画像に写った文字を読んでください
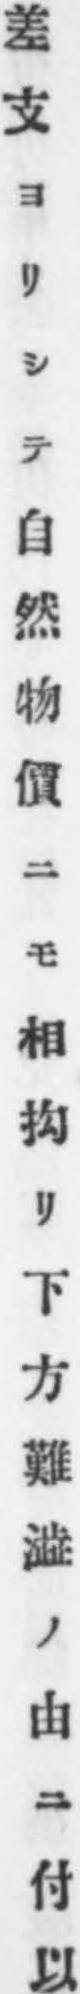
「差支ヨリシテ自然物價ニモ相抅リ下方難澁ノ由ニ付以」と書いてあります